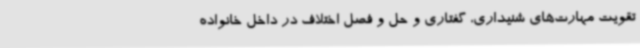
تقویت مهارت‌های شنیداری، گفتاری و حل و فصل اختلاف در داخل خانواده